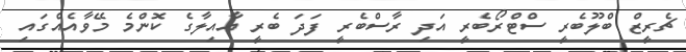
ޗެރީޒް ބްލޫބެރީ ސްޓްރޯބެރީ އަދި ރާސްބެރީ ފަދަ ބެރީ އާއިލާގެ ކޮންމެ މޭވާއެއްގައި